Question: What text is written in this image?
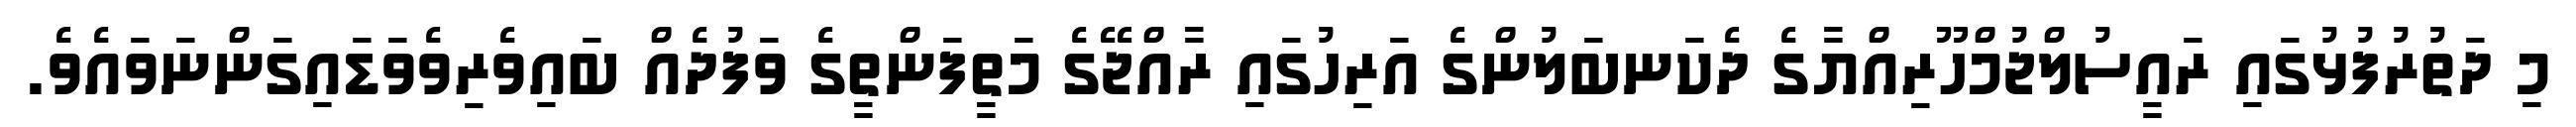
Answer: މި ދަތުރުފުޅުގައި ރައީސުލްޖުމްހޫރިއްޔާގެ ދެކަނބަލުންގެ އަރިހުގައި ރާއްޖޭގެ މަތީފަންތީގެ ވަފުދެއް ބައިވެރިވެވަޑައިގަންނަވައެވެ.